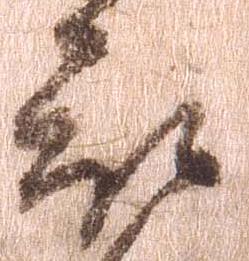
被